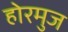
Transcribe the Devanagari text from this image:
होरमुज